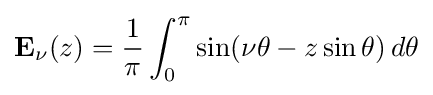
\mathbf {E} _{\nu }(z)={\frac {1}{\pi }}\int _{0}^{\pi }\sin(\nu \theta -z\sin \theta )\,d\theta